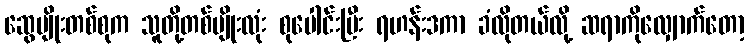
ဆွေမျိုးတစ်စုက သူတို့တစ်မျိုးလုံး စုပေါင်းပြီး ရဟန်းဒကာ ခံလိုတယ်လို့ ဆရာကိုလျှောက်တော့